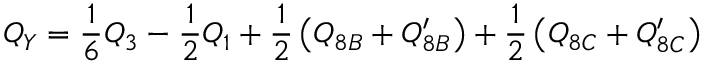
Q _ { Y } = \frac { 1 } { 6 } Q _ { 3 } - \frac { 1 } { 2 } Q _ { 1 } + \frac { 1 } { 2 } \left( Q _ { 8 B } + Q _ { 8 B } ^ { \prime } \right) + \frac { 1 } { 2 } \left( Q _ { 8 C } + Q _ { 8 C } ^ { \prime } \right)